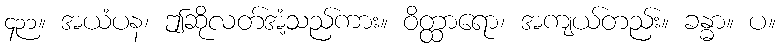
၄၃၁။ အယံပန၊ ဤဆိုလတ်အံ့သည်ကား။ ဝိတ္ထာရော၊ အကျယ်တည်း။ ခန္ဓာ။ ပ။